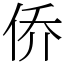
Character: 侨